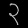
Digit: ၃